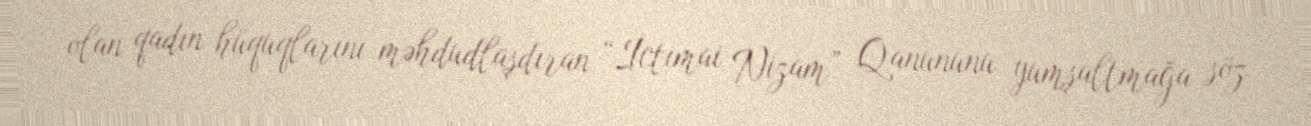
olan qadın hüquqlarını məhdudlaşdıran “İctimai Nizam” Qanununu yumşaltmağa söz